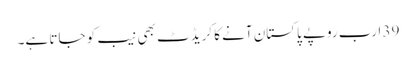
39 ارب روپے پاکستان آنے کا کریڈٹ بھی نیب کو جاتا ہے۔